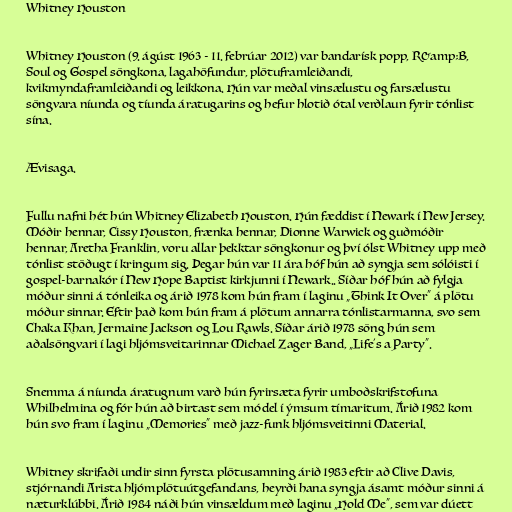
Whitney Houston

Whitney Houston (9. ágúst 1963 - 11. febrúar 2012) var bandarísk popp, R&amp;B,
Soul og Gospel söngkona, lagahöfundur, plötuframleiðandi,
kvikmyndaframleiðandi og leikkona. Hún var meðal vinsælustu og farsælustu
söngvara níunda og tíunda áratugarins og hefur hlotið ótal verðlaun fyrir tónlist
sína.

Ævisaga.

Fullu nafni hét hún Whitney Elizabeth Houston. Hún fæddist í Newark í New Jersey.
Móðir hennar, Cissy Houston, frænka hennar, Dionne Warwick og guðmóðir
hennar, Aretha Franklin, voru allar þekktar söngkonur og því ólst Whitney upp með
tónlist stöðugt í kringum sig. Þegar hún var 11 ára hóf hún að syngja sem sólóisti í
gospel-barnakór í New Hope Baptist kirkjunni í Newark.. Síðar hóf hún að fylgja
móður sinni á tónleika og árið 1978 kom hún fram í laginu „Think It Over“ á plötu
móður sinnar. Eftir það kom hún fram á plötum annarra tónlistarmanna, svo sem
Chaka Khan, Jermaine Jackson og Lou Rawls. Síðar árið 1978 söng hún sem
aðalsöngvari í lagi hljómsveitarinnar Michael Zager Band, „Life's a Party“.

Snemma á níunda áratugnum varð hún fyrirsæta fyrir umboðskrifstofuna
Whilhelmina og fór hún að birtast sem módel í ýmsum tímaritum. Árið 1982 kom
hún svo fram í laginu „Memories“ með jazz-funk hljómsveitinni Material.

Whitney skrifaði undir sinn fyrsta plötusamning árið 1983 eftir að Clive Davis,
stjórnandi Arista hljómplötuútgefandans, heyrði hana syngja ásamt móður sinni á
næturklúbbi. Árið 1984 náði hún vinsældum með laginu „Hold Me“, sem var dúett